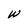
Character: W